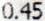
0.45